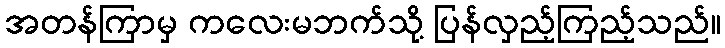
အတန်ကြာမှ ကလေးမဘက်သို့ ပြန်လှည့်ကြည့်သည်။